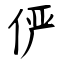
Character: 俨